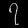
Digit: ၇